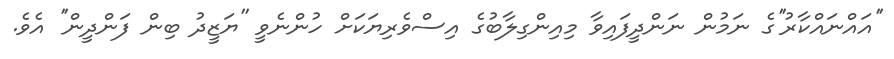
''އައްނައްކާރު''ގެ ނަމުން ނަންދީފައިވާ މިއިންގިލާބުގެ އިސްވެރިޔަކަށް ހުންނެވީ ''ޔަޒީދު ބިން ފަންދީން'' އެވެ.